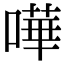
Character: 嘩